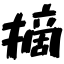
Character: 摘